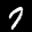
Label: 7